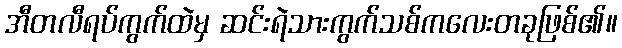
အီတလီရပ်ကွက်ထဲမှ ဆင်းရဲသားကွက်သစ်ကလေးတခုဖြစ်၏။